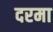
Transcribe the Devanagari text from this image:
दरमा